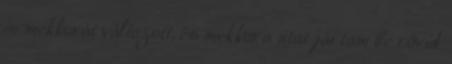
is mekkorát változott, és mekkora utat jártam be rövid